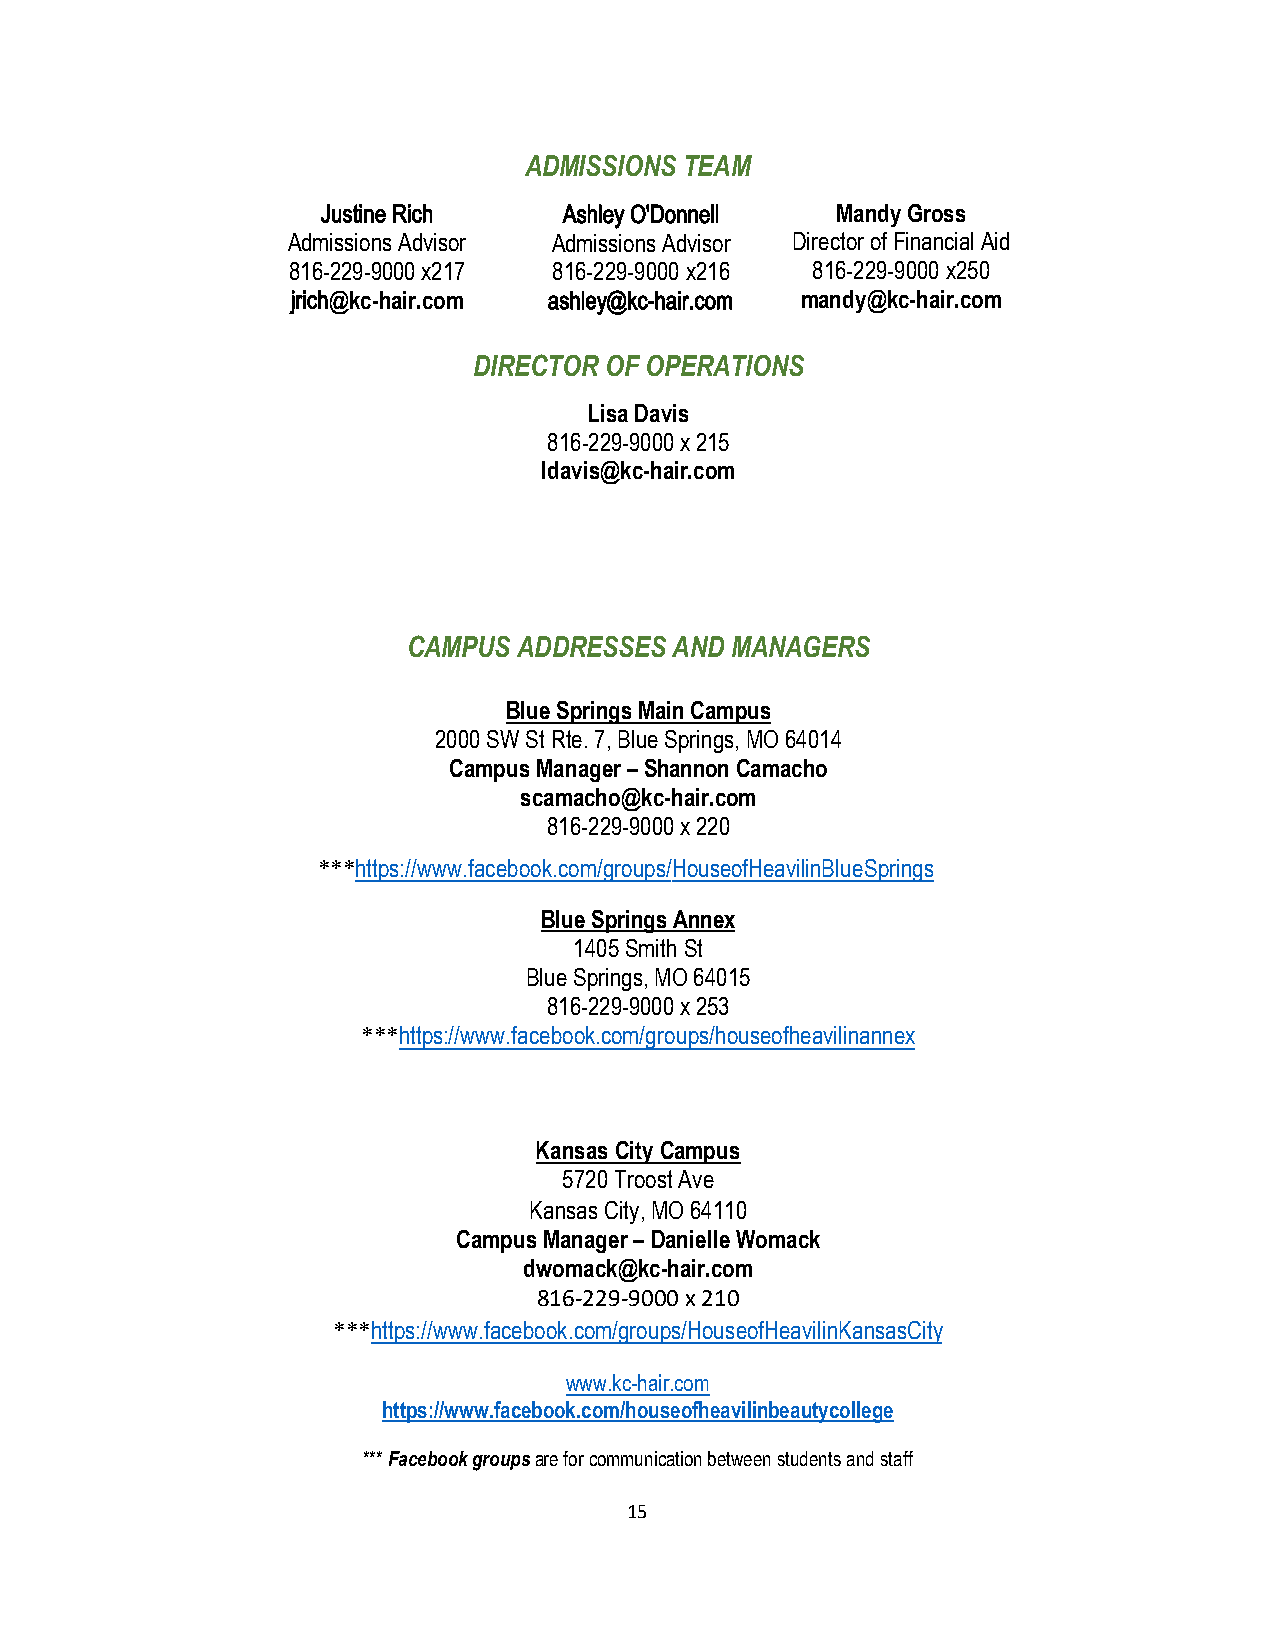
ADMISSIONS TEAM
 Justine Rich    Ashley O'Donnell  Mandy Gross
 Admissions Advisor Admissions Advisor Director of Financial Aid
 816-229-9000 x217 816-229-9000 x216 816-229-9000 x250
 jrich@kc-hair.com ashley@kc-hair.com mandy@kc-hair.com
 DIRECTOR OF OPERATIONS
 Lisa Davis
 816-229-9000 x 215
 ldavis@kc-hair.com
 CAMPUS ADDRESSES  AND MANAGERS
 Blue Springs Main Campus
 2000 SW St Rte. 7, Blue Springs, MO 64014
 Campus Manager – Shannon Camacho
 scamacho@kc-hair.com
 816-229-9000 x 220
 ***https://www.facebook.com/groups/HouseofHeavilinBlueSprings
 Blue Springs Annex
 1405 Smith St
 Blue Springs, MO 64015
 816-229-9000 x 253
 ***https://www.facebook.com/groups/houseofheavilinannex
 Kansas City Campus
 5720 Troost Ave
 Kansas City, MO 64110
 Campus Manager – Danielle Womack
 dwomack@kc-hair.com
 816-229-9000 x 210
 ***https://www.facebook.com/groups/HouseofHeavilinKansasCity
 www.kc-hair.com
 https://www.facebook.com/houseofheavilinbeautycollege
 *** Facebook groups are for communication between students and staff
 15